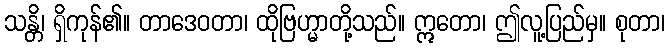
သန္တိ၊ ရှိကုန်၏။ တာဒေဝတာ၊ ထိုဗြဟ္မာတို့သည်။ ဣတော၊ ဤလူ့ပြည်မှ။ စုတာ၊